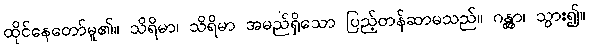
ထိုင်နေတော်မူ၏။ သိရိမာ၊ သိရိမာ အမည်ရှိသော ပြည့်တန်ဆာမသည်။ ဂန္တွာ၊ သွား၍။